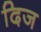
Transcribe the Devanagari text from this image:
दिज